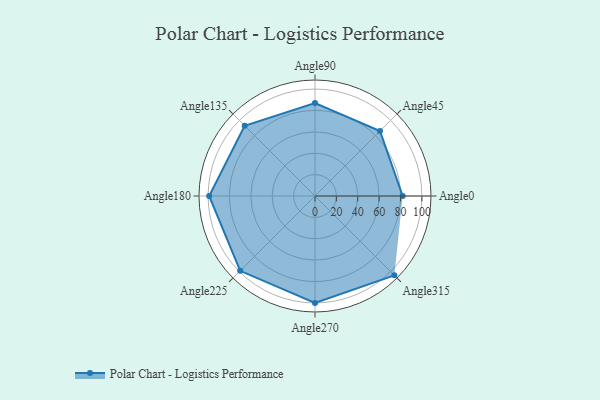
{"axis": {"x": "Angle", "y": "Radius"}, "legend": [""], "data": [{"x": "Angle0", "y": 82.0, "type": ""}, {"x": "Angle45", "y": 86.0, "type": ""}, {"x": "Angle90", "y": 87.0, "type": ""}, {"x": "Angle135", "y": 93.0, "type": ""}, {"x": "Angle180", "y": 99.0, "type": ""}, {"x": "Angle225", "y": 99.0, "type": ""}, {"x": "Angle270", "y": 100.0, "type": ""}, {"x": "Angle315", "y": 105.0, "type": ""}]}